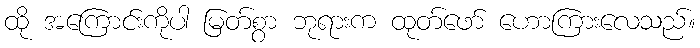
ထို အကြောင်းကိုပါ မြတ်စွာ ဘုရားက ထုတ်ဖော် ဟောကြားလေသည်။